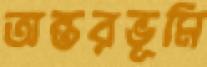
অন্তরভূমি